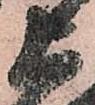
上